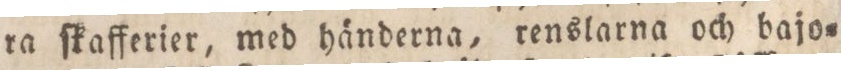
ra ſkafferier, med händerna, renslarna och bajo=